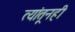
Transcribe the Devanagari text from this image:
त्यांतूनही